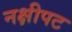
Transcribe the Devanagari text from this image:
नक्षीपट